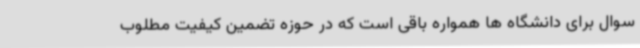
سوال برای دانشگاه ها همواره باقی است که در حوزه تضمین کیفیت مطلوب